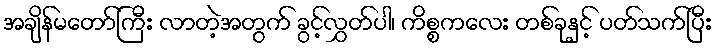
အချိန်မတော်ကြီး လာတဲ့အတွက် ခွင့်လွှတ်ပါ၊ ကိစ္စကလေး တစ်ခုနှင့် ပတ်သက်ပြီး